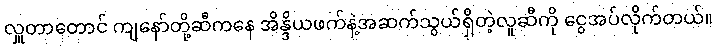
လှူတာတောင် ကျနော်တို့ဆီကနေ အိန္ဒိယဖက်နဲ့အဆက်သွယ်ရှိတဲ့လူဆီကို ငွေအပ်လိုက်တယ်။